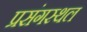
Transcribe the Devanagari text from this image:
प्रसंगस्थल